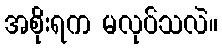
အစိုးရက မလုပ်သလဲ။